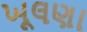
ખૂલણા